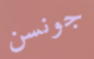
جونسن